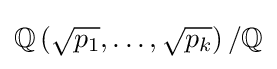
\mathbb {Q} \left({\sqrt {p_{1}}},\ldots ,{\sqrt {p_{k}}}\right)/\mathbb {Q}